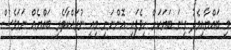
މި ބައްޔާއިމެދު ގިނަ ބަޔަކަށް ހީވެފައި އޮންނަނީ މިއީ ނުރައްކާތެރި ބައްޔެއް ނަމަވެސް